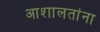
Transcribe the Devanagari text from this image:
आशालतांना